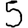
Digit: 5